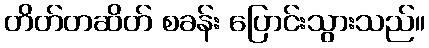
တိတ်တဆိတ် စခန်း ပြောင်းသွားသည်။